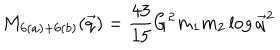
M _ { 6 ( a ) + 6 ( b ) } ( \vec { q } ) = { \frac { 4 3 } { 1 5 } } G ^ { 2 } m _ { 1 } m _ { 2 } \log \vec { q } ^ { 2 }